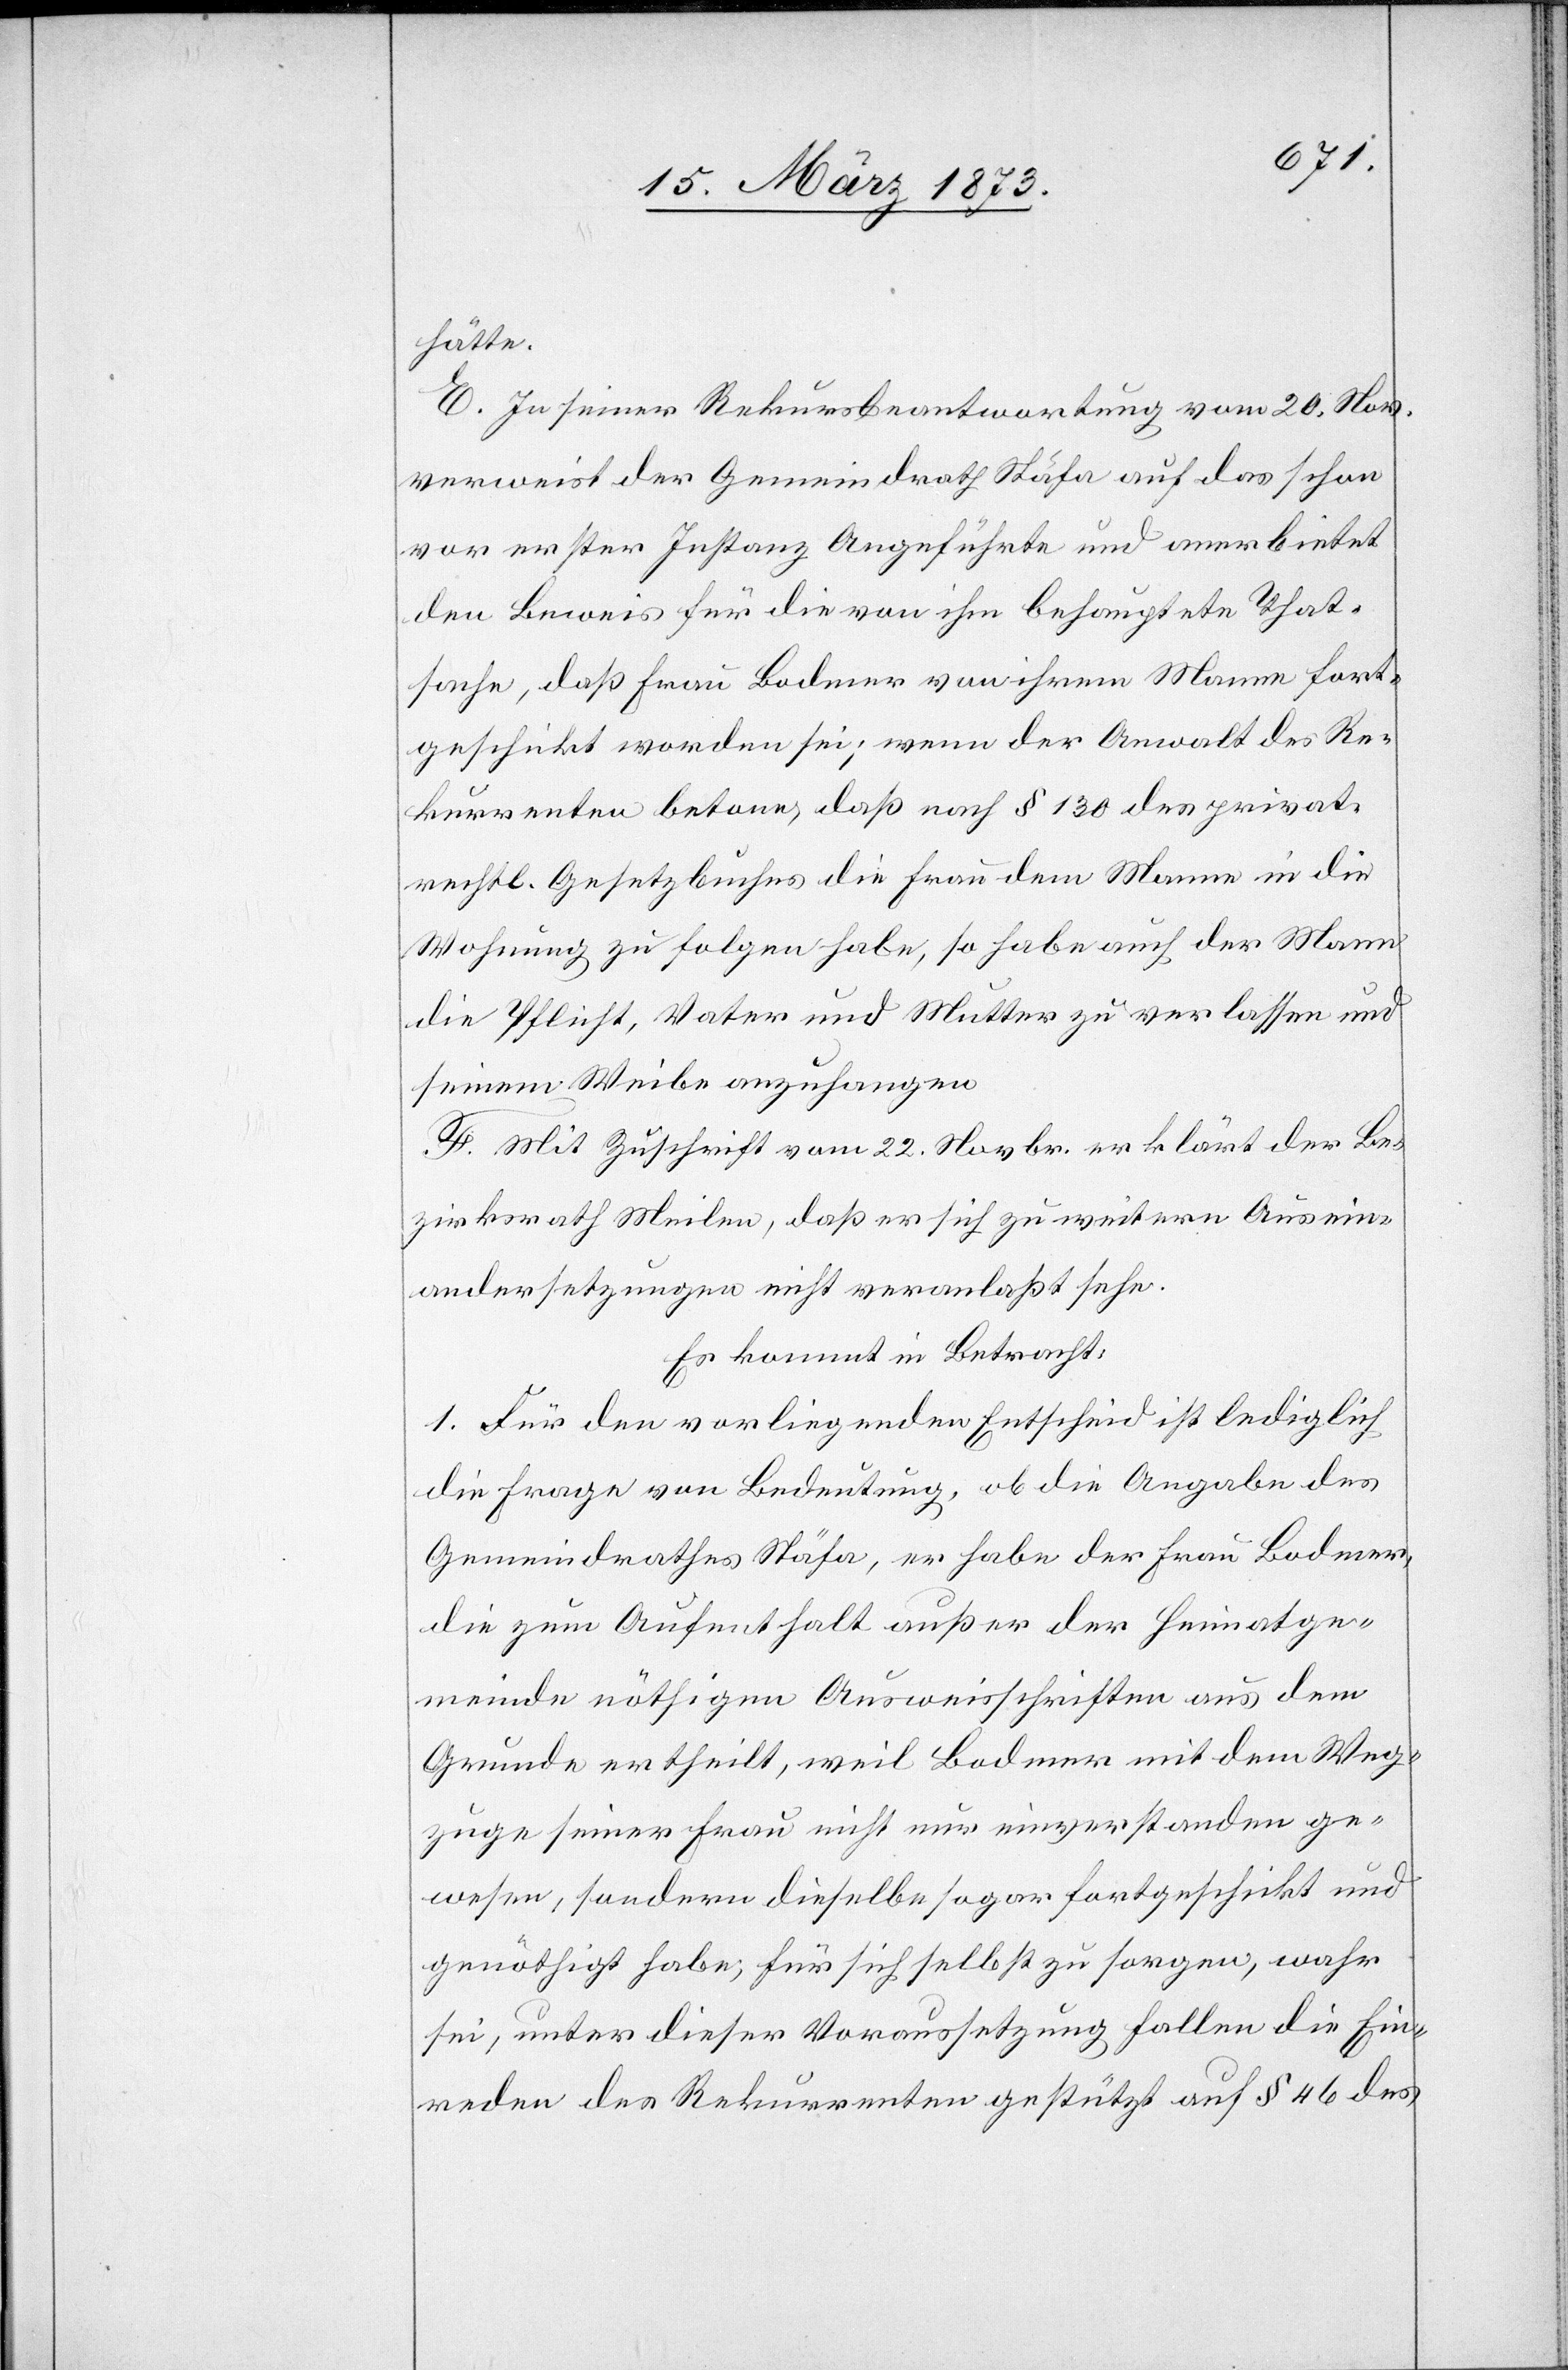
hätte.
E. In seiner Rekursbeantwortung vom 20. Nov.
verweist der Gemeindrath Stäfa auf das schon
vor erster Instanz Angeführte und anerbietet
den Beweis für die von ihm behauptete That¬
sache, daß Frau Bodmer von ihrem Manne fort¬
geschickt worden sei; wenn der Anwalt des Re¬
kurrenten betone, daß nach § 130 des privat¬
rechtl. Gesetzbuches die Frau dem Manne in die
Wohnung zu folgen habe, so habe auch der Mann
die Pflicht, Vater und Mutter zu verlassen und
seinem Weibe anzuhangen
F. Mit Zuschrift vom 22. Novbr. erklärt der Be¬
zirksrath Meilen, daß er sich zu weitern Ausein¬
andersetzungen nicht veranlaßt sehe.
Es kommt in Betracht:
1. Für den vorliegenden Entscheid ist lediglich
die Frage von Bedeutung, ob die Angabe des
Gemeindrathes Stäfa, er habe der Frau Bodmer,
die zum Aufenthalt außer der Heimatge¬
meinde nöthigen Ausweisschriften aus dem
Grunde ertheilt, weil Bodmer mit dem Weg¬
zuge seiner Frau nicht nur einverstanden ge¬
wesen, sondern dieselbe sogar fortgeschickt und
genöthigt habe, für sich selbst zu sorgen, wahr
sei, unter dieser Voraussetzung fallen die Ein¬
reden des Rekurrenten gestützt auf § 46 des